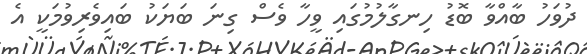
ދުވަހު ބާއްވާ ބޮޑު ހިނގާލުމުގައި ވީހާ ވެސް ގިނަ ބަޔަކު ބައިވެރިވުމަކީ އެ